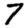
Digit: 7